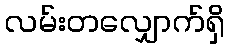
လမ်းတလျှောက်ရှိ